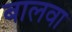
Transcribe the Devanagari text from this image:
बालवा